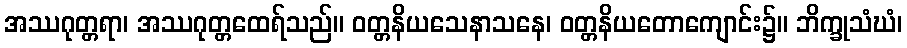
အဿဂုတ္တရာ၊ အဿဂုတ္တထေရ်သည်။ ဝတ္တနိယသေနာသနေ၊ ဝတ္တနိယတောကျောင်း၌။ ဘိက္ခုသံဃံ၊